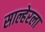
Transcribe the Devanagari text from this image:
साल्हेरला